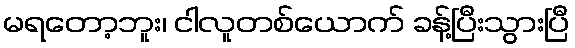
မရတော့ဘူး၊ ငါလူတစ်ယောက် ခန့်ပြီးသွားပြီ